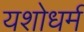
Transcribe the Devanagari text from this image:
यशोधर्म